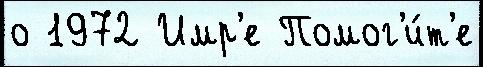
о 1972 Имр'е Помог'и́т'е